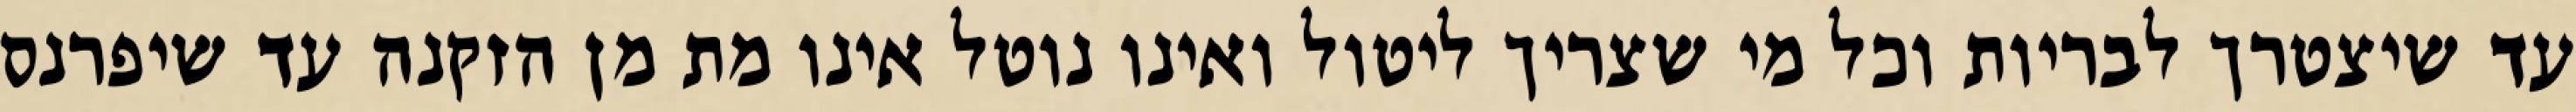
עד שיצטרך לבריות וכל מי שצריך ליטול ואינו נוטל אינו מת מן הזקנה עד שיפרנס